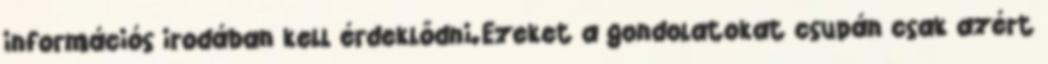
információs irodában kell érdeklődni.Ezeket a gondolatokat csupán csak azért